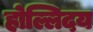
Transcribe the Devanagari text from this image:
होल्लिदय